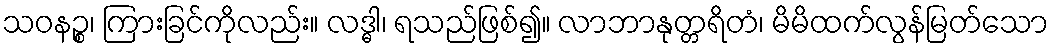
သဝနဉ္စ၊ ကြားခြင်ကိုလည်း။ လဒ္ဓါ၊ ရသည်ဖြစ်၍။ လာဘာနုတ္တရိတံ၊ မိမိထက်လွန်မြတ်သော